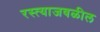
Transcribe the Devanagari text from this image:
रस्त्याजवळील